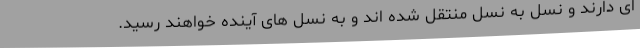
ای دارند و نسل به نسل منتقل شده اند و به نسل های آینده خواهند رسید.